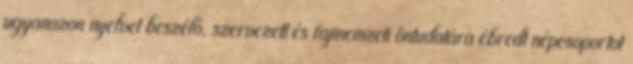
ugyanazon nyelvet beszélő, szervezett és fajinemzeti öntudatára ébredt népcsoportot